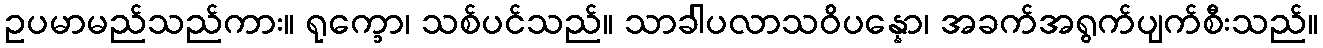
ဥပမာမည်သည်ကား။ ရုက္ခော၊ သစ်ပင်သည်။ သာခါပလာသဝိပန္နော၊ အခက်အရွက်ပျက်စီးသည်။